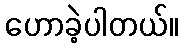
ဟောခဲ့ပါတယ်။